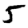
Digit: 5